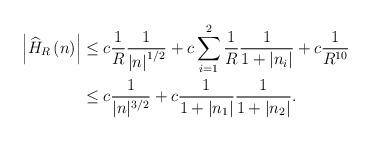
LaTeX: \begin{align*}\left\vert \widehat{H}_{R}\left( n\right) \right\vert & \leq c\frac{1}{R}\frac{1}{\left\vert n\right\vert ^{1/2}}+c\sum_{i=1}^{2}\frac{1}{R}\frac{1}{1+\left\vert n_{i}\right\vert }+c\frac{1}{R^{10}}\\& \leq c\frac{1}{|n|^{3/2}}+c\frac{1}{1+|n_{1}|}\frac{1}{1+|n_{2}|}.\end{align*}